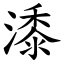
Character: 潻